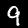
Digit: 9